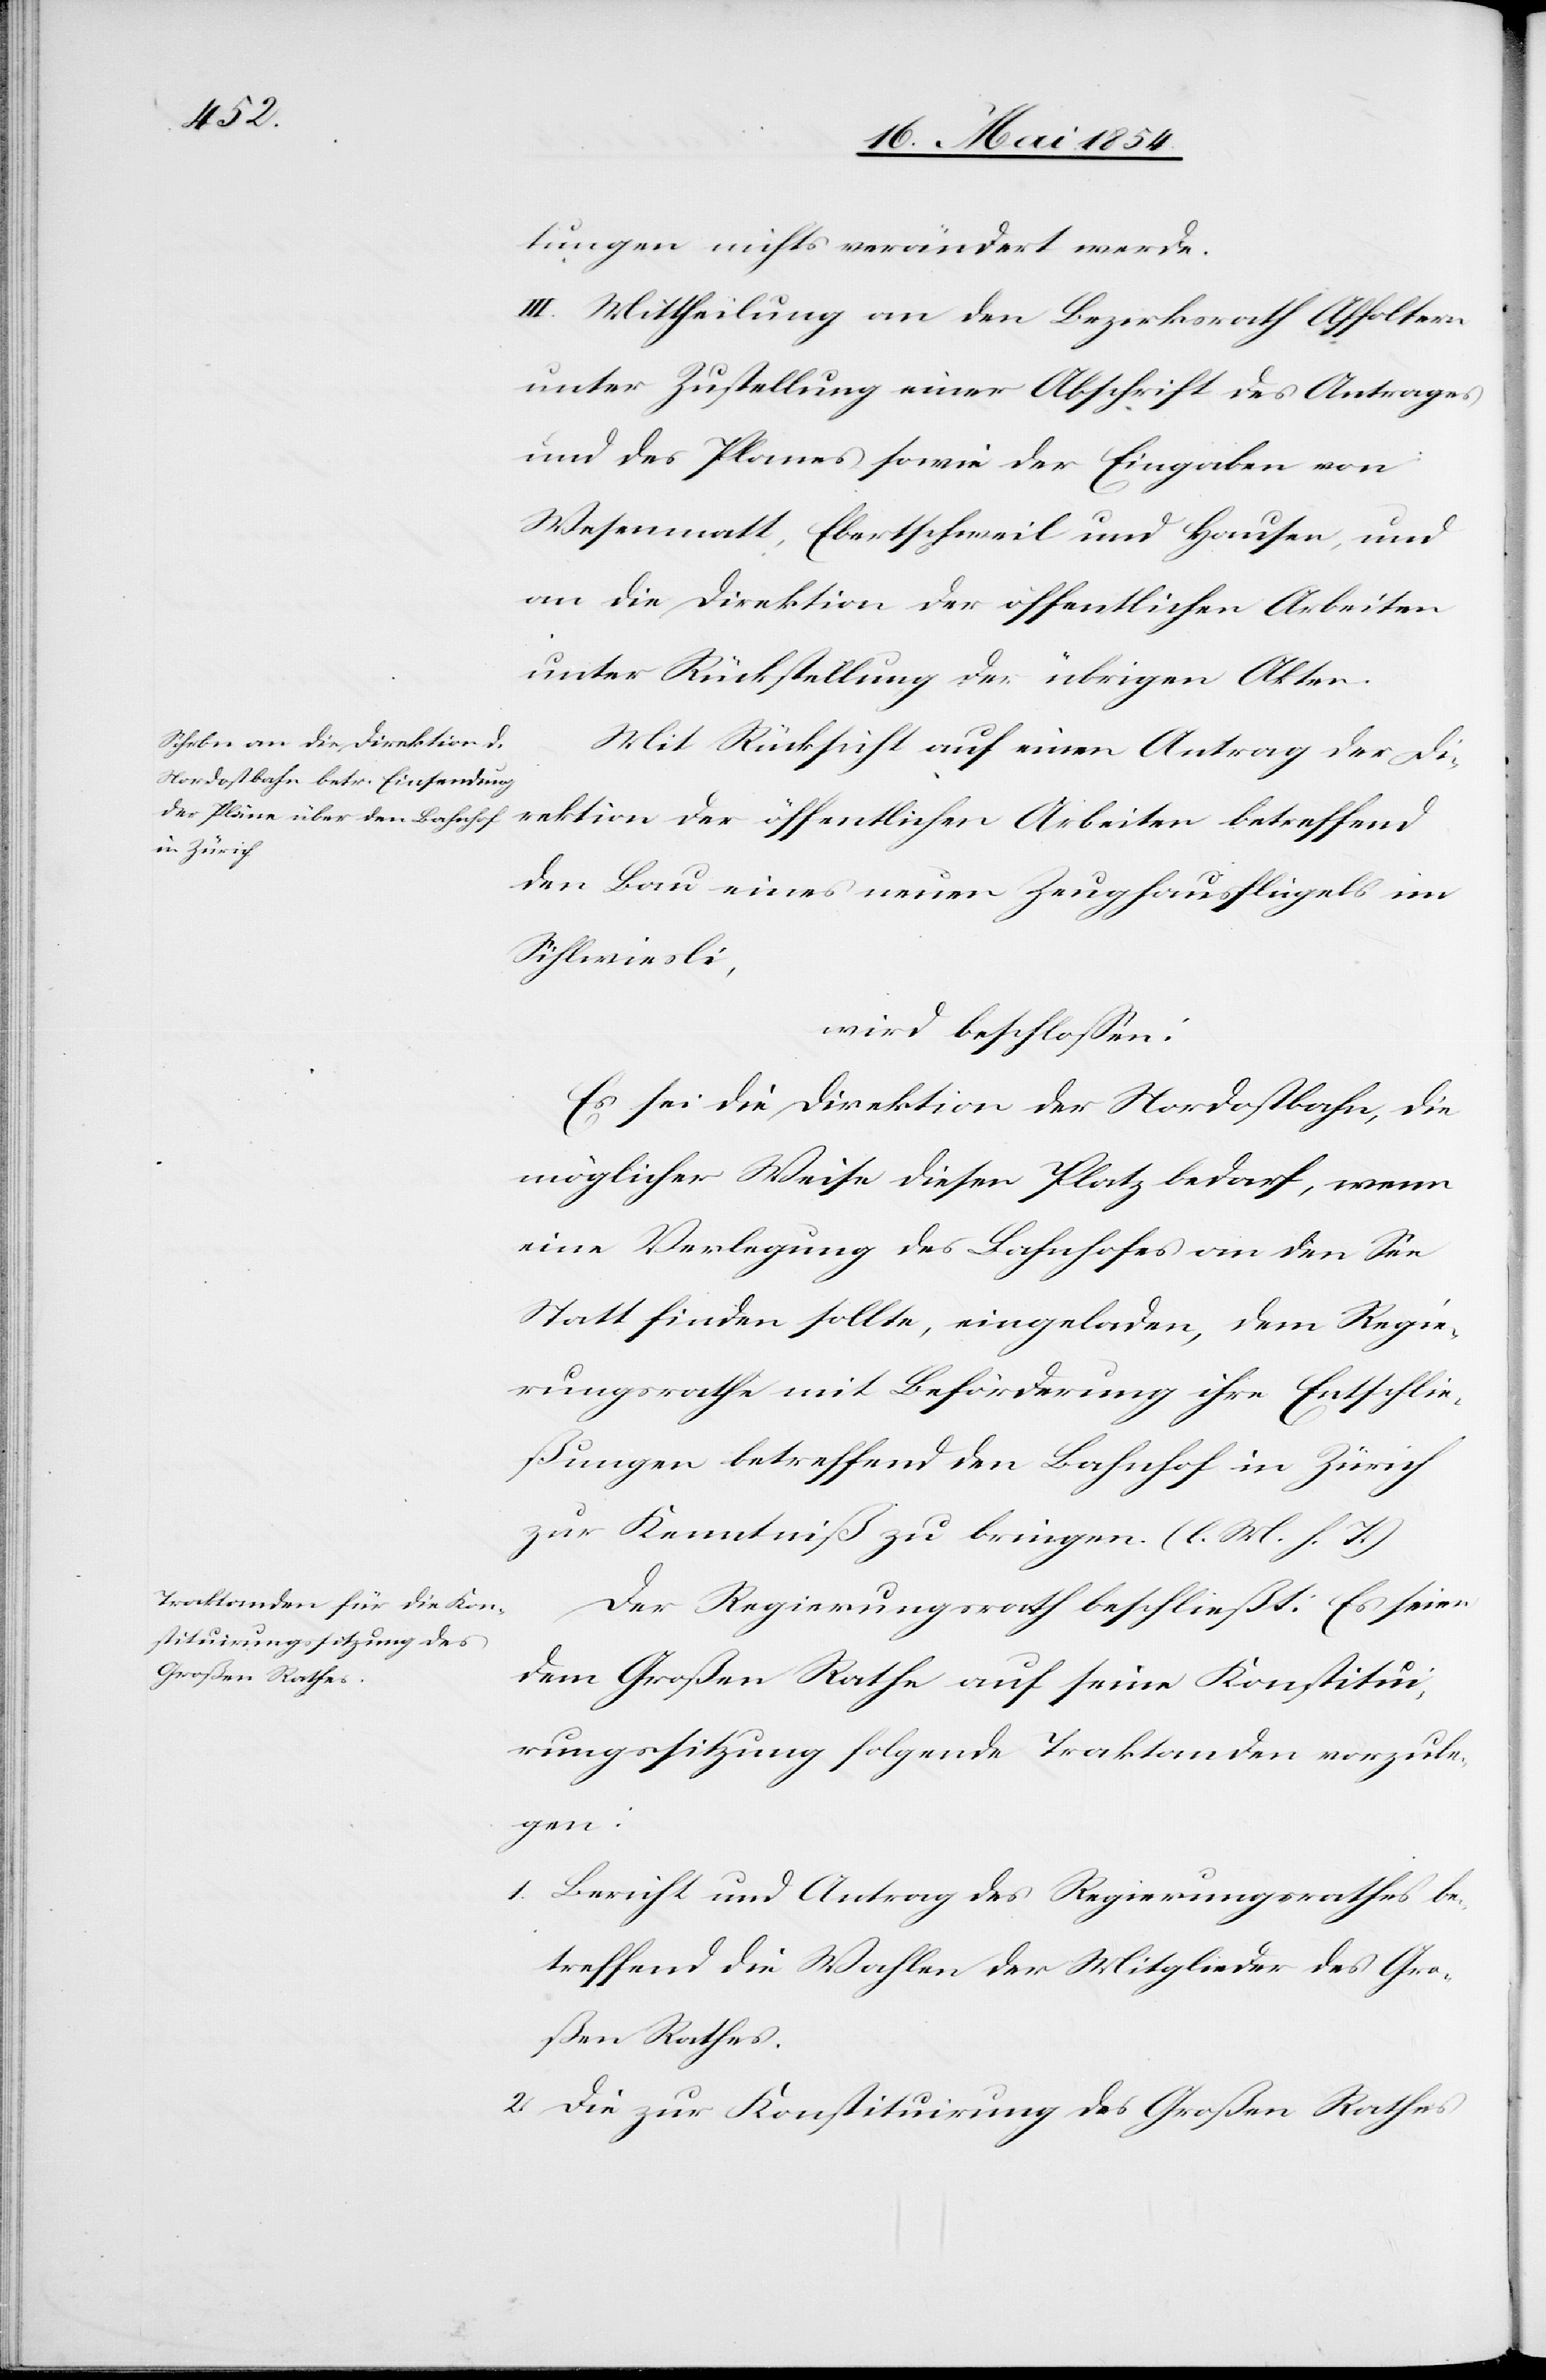
tungen nichts verändert werde.
III. Mittheilung an den Bezirksrath Affoltern
unter Zustellung einer Abschrift des Antrages
und des Planes sowie der Eingaben von
Wesenmatt, Ebertschweil und Hausen, und
an die Direktion der öffentlichen Arbeiten
unter Rückstellung der übrigen Akten.
Mit Rücksicht auf einen Antrag der Di¬
rektion der öffentlichen Arbeiten betreffend
den Bau eines neuen Zeughausflügels im
Sihlwiesli,
wird beschloßen:
Es sei die Direktion der Nordostbahn, die
möglicher Weise diesen Platz bedarf, wenn
eine Verlegung des Bahnhofes an den See
Statt finden sollte, eingeladen, dem Regie¬
rungsrathe mit Beförderung ihre Entschlie¬
ßungen betreffend den Bahnhof in Zürich
zur Kenntniß zu bringen. (l. M. h. T.)
Der Regierungsrath beschließt: Es seien
dem Großen Rathe auf seine Konstitui¬
rungssitzung folgende Traktanden vorzule¬
gen:
1. Bericht und Antrag des Regierungsrathes be¬
treffend die Wahlen der Mitglieder des Gro¬
ßen Rathes.
2. Die zur Konstituirung des Großen Rathes